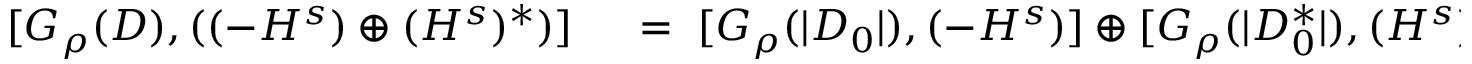
\begin{array} { r l } { [ G _ { \rho } ( D ) , ( ( - H ^ { s } ) \oplus ( H ^ { s } ) ^ { * } ) ] } & { { } \; = \; [ G _ { \rho } ( | D _ { 0 } | ) , ( - H ^ { s } ) ] \oplus [ G _ { \rho } ( | D _ { 0 } ^ { * } | ) , ( H ^ { s } ) ^ { * } ) ] } \end{array}